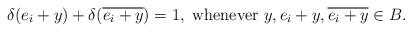
LaTeX: \begin{align*}\delta(e_i+y)+\delta(\overline{e_i+y})=1, \textrm{ whenever } y, e_i+y, \overline{e_i+y}\in B.\end{align*}